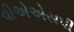
વીએએસપી